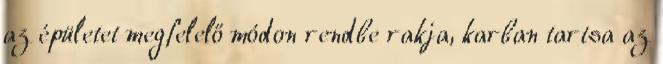
az épületet megfelelő módon rendbe rakja, karban tartsa az